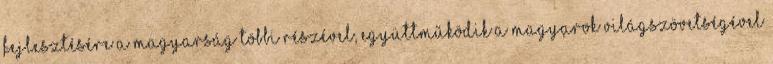
fejlesztésére a magyarság többi részével, együttműködik a Magyarok Világszövetségével